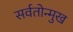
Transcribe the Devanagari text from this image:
सर्वतोन्मुख